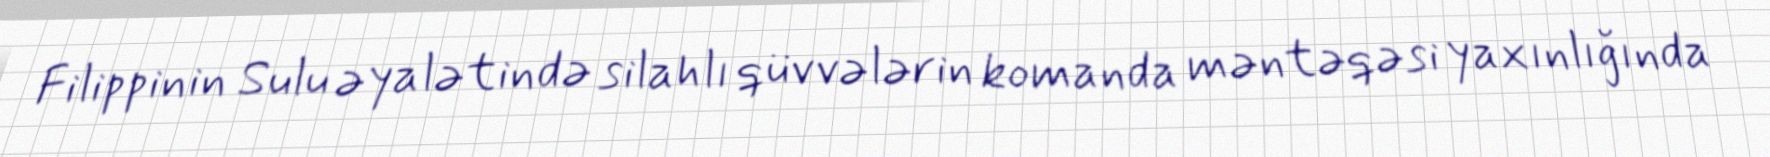
Filippinin Sulu əyalətində silahlı qüvvələrin komanda məntəqəsi yaxınlığında